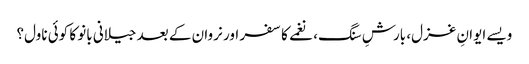
ویسے ایوانِ غزل، بارشِ سنگ، نغمے کا سفر اور نروان کے بعد جیلانی بانو کا کوئی ناول؟